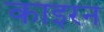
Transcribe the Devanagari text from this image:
काइरन